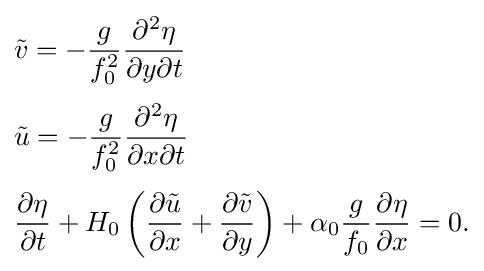
{\begin{aligned}&{\tilde {v}}=-{g \over f_{0}^{2}}{\partial ^{2}\eta  \over \partial y\partial t}\\[3pt]&{\tilde {u}}=-{g \over f_{0}^{2}}{\partial ^{2}\eta  \over \partial x\partial t}\\[3pt]&{\partial \eta  \over \partial t}+H_{0}\left({\partial {\tilde {u}} \over \partial x}+{\partial {\tilde {v}} \over \partial y}\right)+\alpha _{0}{g \over f_{0}}{\partial \eta  \over \partial x}=0.\end{aligned}}